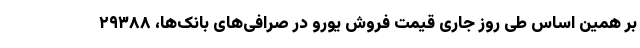
بر همین‌ اساس طی روز جاری قیمت فروش یورو در صرافی‌های بانک‌ها، ۲۹۳۸۸